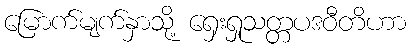
မြောက်မျက်နှာသို့ ရှေးရှုသတ္တပဒဝီတိဟာ